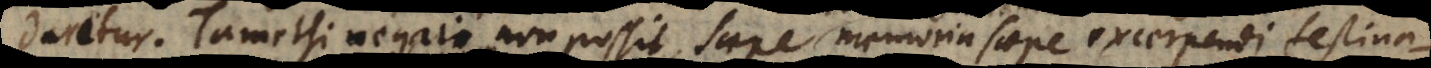
daretur. Tametsi negari non possit, saepe, memoria saepe excerpendi festinat